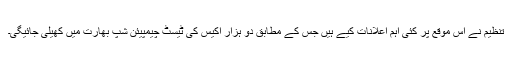
تنظیم نے اس موقع پر کئی اہم اعلانات کیے ہیں جس کے مطابق دو ہزار اکیس کی ٹیسٹ چیمپیئن شپ بھارت میں کھیلی جائیگی۔